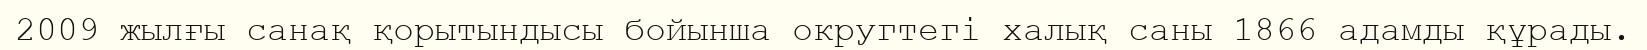
2009 жылғы санақ қорытындысы бойынша округтегі халық саны 1866 адамды құрады.